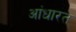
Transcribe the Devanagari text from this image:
आंधारत